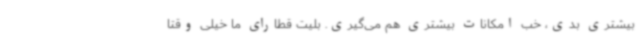
بیشتری بدی، خب امکانات بیشتری هم می‌گیری. بلیت قطارای ما خیلی وقتا